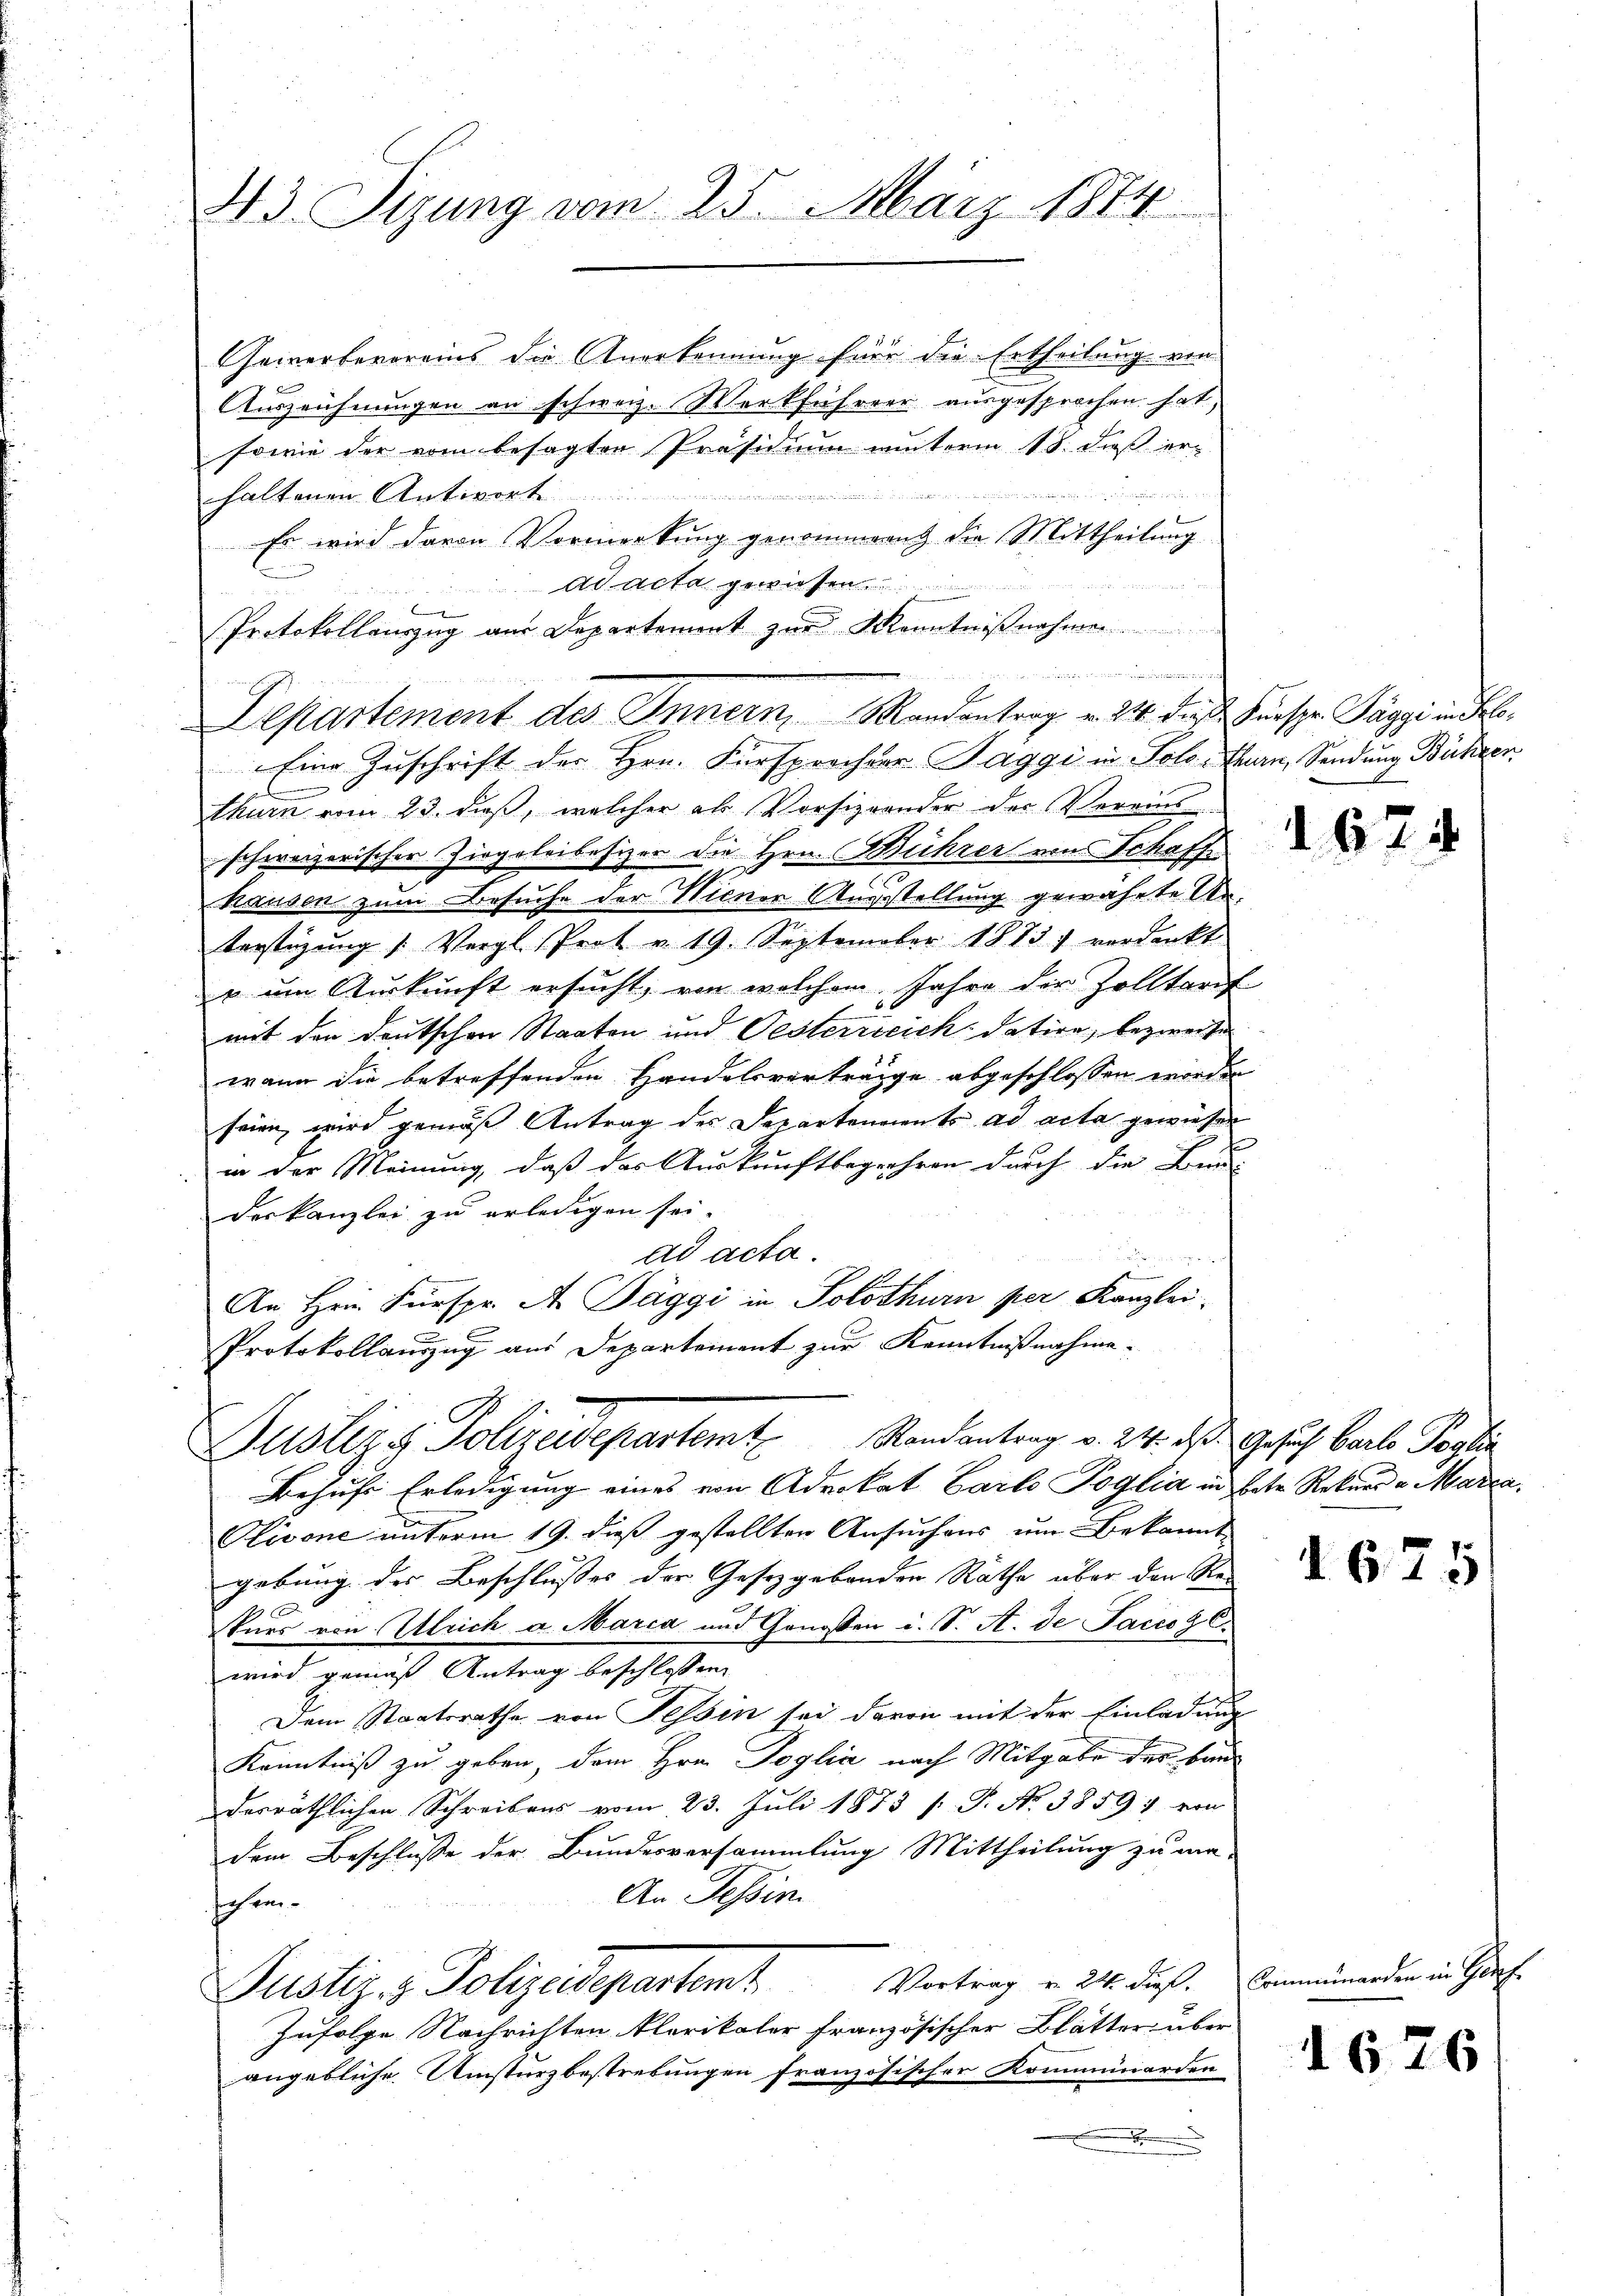
43. Sizung vom 25. März 1874

Gewerbevoreins die Anerkennung für die Ertheilung von
Auszeichnungen an schweiz. Werkführer ausgesprochen hat,
sowie der vom besagten Präsidium winterm 18. dieß er
  ein in des ehe an die
haltenen Antwort
Es wird davon Vormerkung genommern die Mittheilung
ad acta gewiesen.
Protokollauszug aus Departement zŭr Kenntniβnahmen.
Eine Zuschrift der Hrn. Fürsprocher Saggi in Solothurn, Sendung Bühler.
.
thurn vom 23. dieß, welcher als Vorsizeander der Vereinsschweizerischer Zirgoleibesizer die Hrn. Bührer von Schaffe
hausen zum Besuche der Wiener Augestellung gewährte Anterstützŭng /: Vergl. Prot v. 19. September 1873 verdankt
u um Auskunft ersucht, von welchem Jahre der Zolltarif
mit den Deutschen Staaten und Oesterreich datire, bezweifen
wann die betreffenden Handelsverträge abgeschlossen worden
seien, wird gemäß Antrag des Departenaients ad acta gewiesen
in der Meinung, daß das Auskunftbegehren durch die Bun
deskanzlei zu erledigen sei.
ad acta
An Hrn. Fürspr. A. Daggi in Solothurn per Kanzlei
Protokollauszug aus Departement zur Kenntnißnahme-
Auslizg Polizeidepartamt Randantrag v. 24. das Gesuch Bache Pagli
Behufs Erledigung eines von Advokat Carlo Poglia in betr. Rekurs v. Marca,
Plivone unterm 19. dieß gestellten Ansuchens um Bekannt-
gebung des Beschlußes der Gesetzgebenden Rathe über den Re-
skurs von Ulrich a Marca und Genossen i. S. A. de Saccoz C.
wird gemäß Antrag beschlossen,
Dem Staatsrathe von Tessin sei davon mit der Einladung
Kenntniß zu geben, dem Hrn. Poglia nach Mitgabe des baudesräthlichen Schreibens vom 23. Juli 1873 [ P. Nr. 3859) von
dem Beschluße der Bundesversammlung Mittheilung zu ma-
An Tessin.
soch von
Vortrag v. 24. dieß. Comunerden in Gar
Pustiz- & Polizadepartent
Zufolge Nachrichten klarikaler französischer Blätter über
angebliche Umsturzbestrebungen französischer Kommünerden
.

Departement des Innern Mandantrag v. 24. die Fürspr. Jäggi an de

1674

d 675

1676